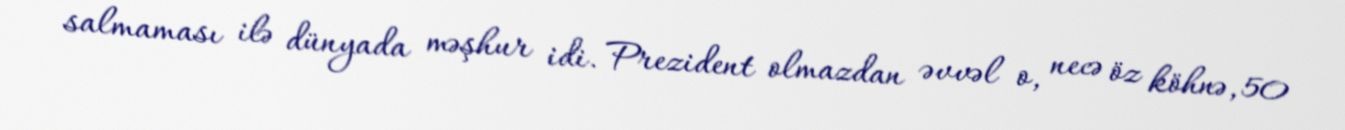
salmaması ilə dünyada məşhur idi. Prezident olmazdan əvvəl o, necə öz köhnə, 50